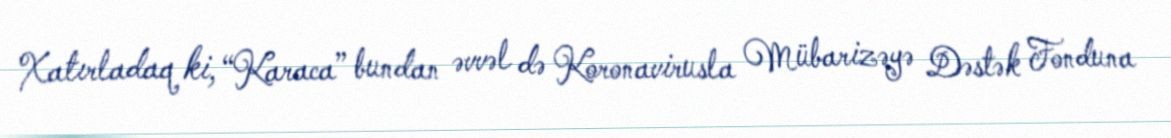
Xatırladaq ki, “Karaca” bundan əvvəl də Koronavirusla Mübarizəyə Dəstək Fonduna